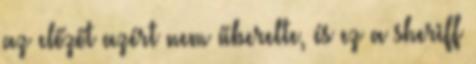
az előzőt azért nem űberelte, és ez a sheriff